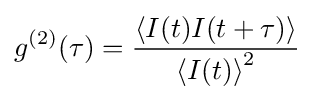
g^{(2)}(\tau )={\frac {\left\langle I(t)I(t+\tau )\right\rangle }{\left\langle I(t)\right\rangle ^{2}}}